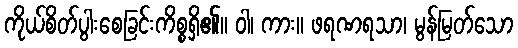
ကိုယ်စိတ်ပွါးစေခြင်းကိစ္စရှိ၏။ ဝါ၊ ကား။ ဖရဏရသာ၊ မွန်မြတ်သော